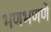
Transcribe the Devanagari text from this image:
भणभणणे